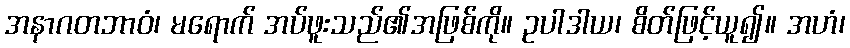
အနာဂတဘာဝံ၊ မရောက် အပ်ဖူးသည်၏အဖြစ်ကို။ ဥပါဒါယ၊ စိတ်ဖြင့်ယူ၍။ အဟံ၊